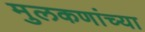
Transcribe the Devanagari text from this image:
मुलकणांच्या